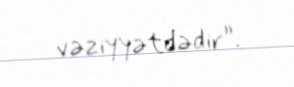
vəziyyətdədir”.